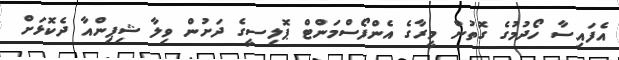
އެފައިސާ ހޯދުމުގެ ގޮތުން މީރާގެ އެންފޯސްމަންޓް ޕޮލިސީގެ ދަށުން ވިލާ ޝިޕިންއާ ދެކޮޅަށް